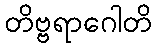
တိဗ္ဗရာဂေါတိ